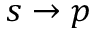
s \rightarrow p